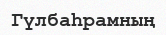
Гүлбаһрамның